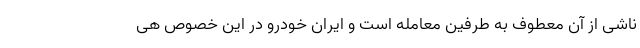
ناشی از آن معطوف به طرفین معامله است و ایران خودرو در این خصوص هی